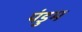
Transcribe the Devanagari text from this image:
पंडुम